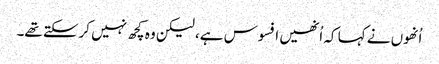
اُنھوں نے کہا کہ اُنھیں افسوس ہے، لیکن وہ کچھ نہیں کرسکتے تھے۔